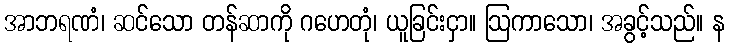
အာဘရဏံ၊ ဆင်သော တန်ဆာကို ဂဟေတုံ၊ ယူခြင်းငှာ။ ဩကာသော၊ အခွင့်သည်။ န